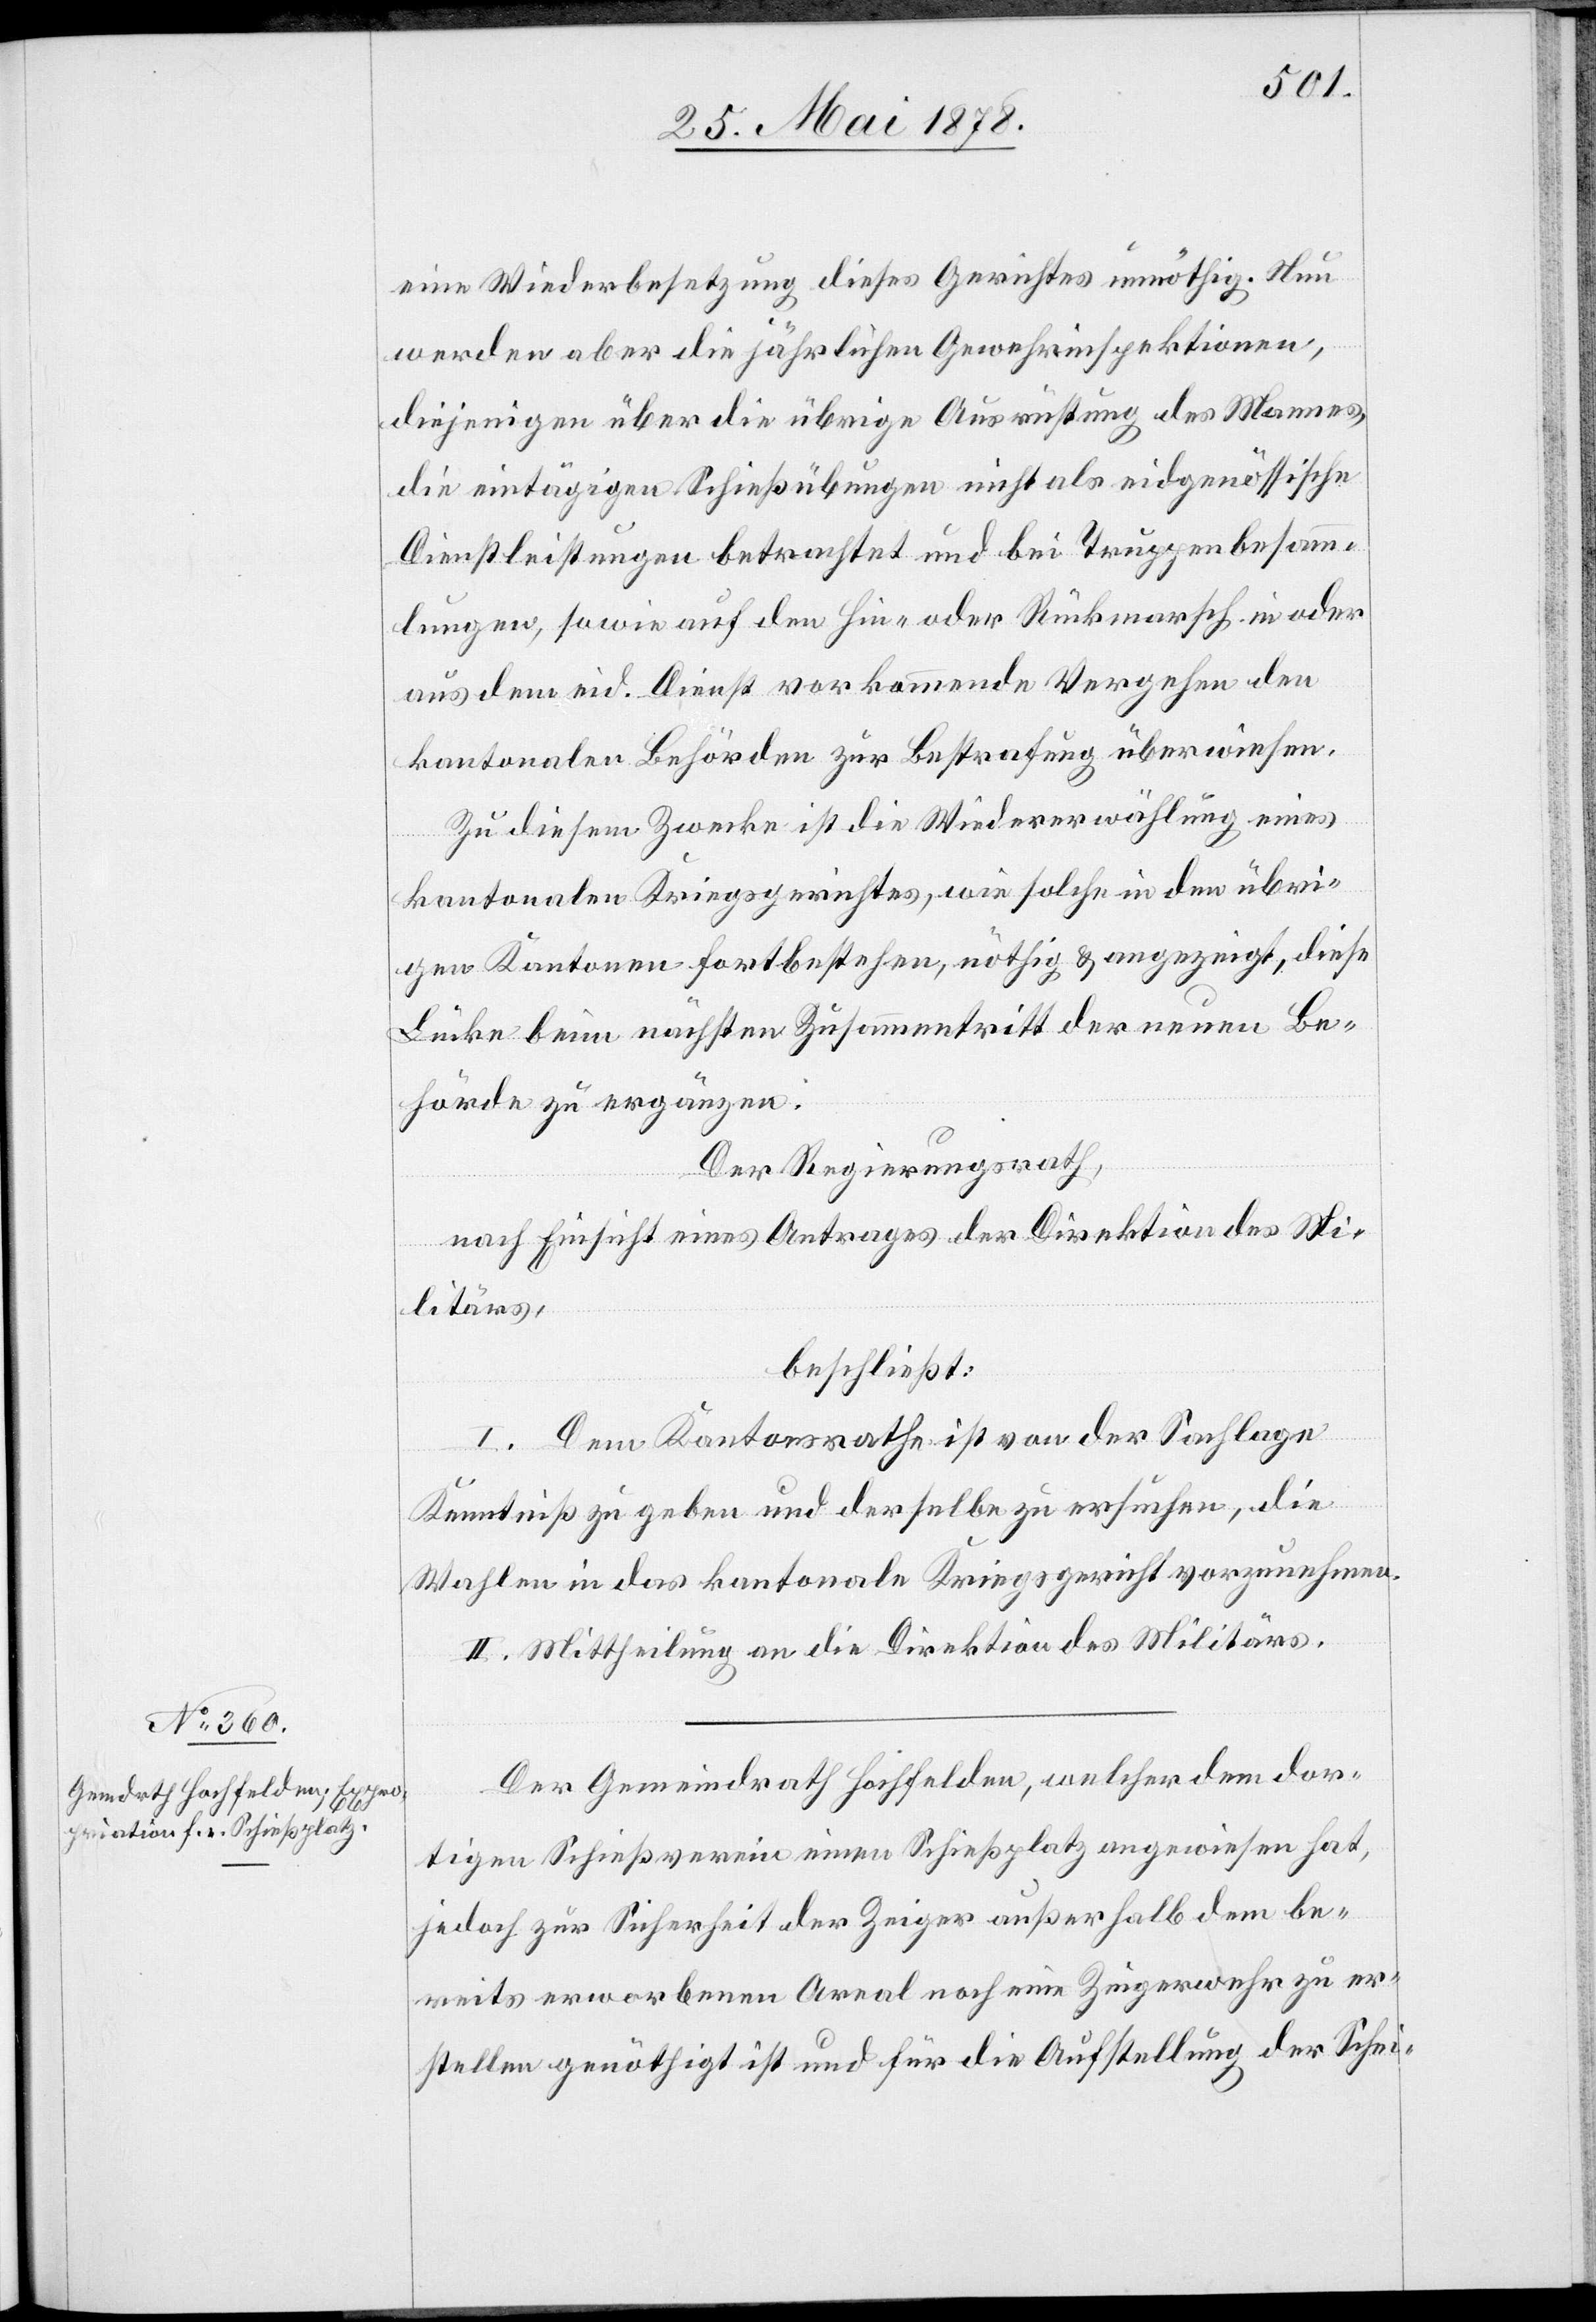
eine Wiederbesetzung dieses Gerichtes unnöthig. Nun
werden aber die jährlichen Gewehrinspektionen,
diejenigen über die übrige Ausrüstung des Mannes
die eintägigen Schießübungen nicht als eidgenössische
Dienstleistungen betrachtet und bei Truppenbesamm¬
lungen, so wie auf den Hin- oder Rückmarsch in oder
aus dem eid. Dienst vorkommende Vergehen den
kantonalen Behörden zur Bestrafung überwiesen.
Zu diesem Zwecke ist die Wiedererwählung eines
kantonalen Kriegsgerichtes, wie solche in den übri¬
gen Kantonen fortbestehen, nöthig & angezeigt, diese
Lücke beim nächsten Zusammentritt der neuen Be¬
hörde zu ergänzen.
Der Regierungsrath,
nach Einsicht eines Antrages der Direktion des Mi¬
litärs,
beschließt:
I. Dem Kantonsrath ist von der Sachlage
Kenntniß zu geben und derselbe zu ersuchen, die
Wahlen in das kantonale Kriegsgericht vorzunehmen.
II. Mittheilung an die Direktion des Militärs.
Der Gemeindrath Hochfelden, welcher dem dor¬
tigen Schießverein einen Schießplatz angewiesen hat,
jedoch zur Sicherheit der Zeiger außerhalb dem be¬
reits erworbenen Areal noch eine Zeigerwehr zu er¬
stellen genöthigt ist und für die Aufstellung der Schei-